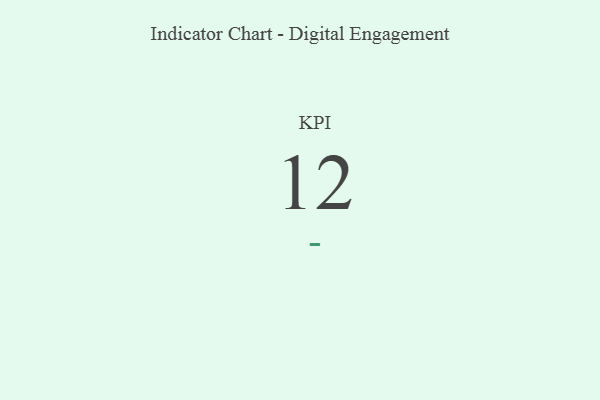
{"axis": {"x": "KPI", "y": "Value"}, "legend": [""], "data": [{"x": "KPI", "y": 12, "type": ""}]}